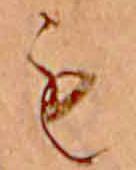
も